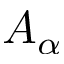
A _ { \alpha }